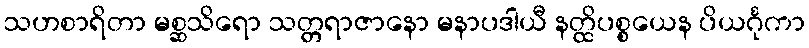
သဟစာရိတာ မစ္ဆသိရော သတ္တရာဇာနော မနာပဒါယီ နတ္ထိပစ္စယေန ပိယင်္ဂုကာ